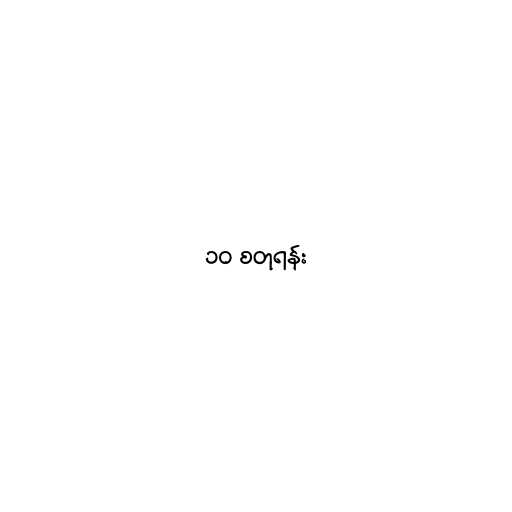
၁၀ စတုရန်း